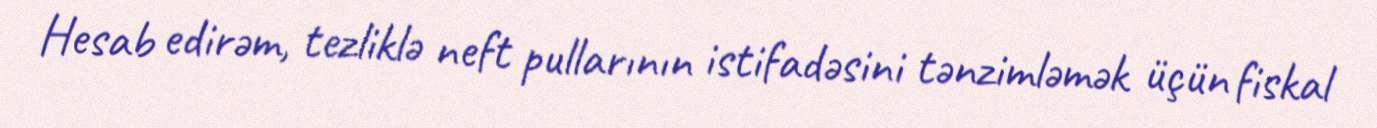
Hesab edirəm, tezliklə neft pullarının istifadəsini tənzimləmək üçün fiskal